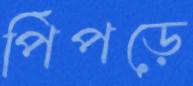
পিঁপড়ে